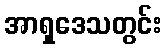
အာရှဒေသတွင်း